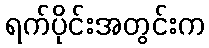
ရက်ပိုင်းအတွင်းက